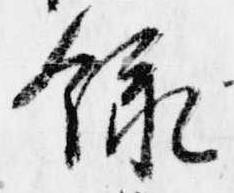
録